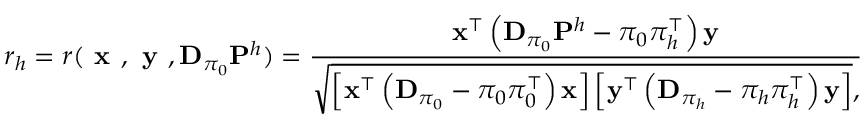
r _ { h } = r ( \textbf { x } , \textbf { y } , \mathbf { D } _ { \pi _ { 0 } } \mathbf { P } ^ { h } ) = \frac { \mathbf { x } ^ { \top } \left( \mathbf { D } _ { \pi _ { 0 } } \mathbf { P } ^ { h } - \pi _ { 0 } \pi _ { h } ^ { \top } \right) \mathbf { y } } { \sqrt { \left[ \mathbf { x } ^ { \top } \left( \mathbf { D } _ { \pi _ { 0 } } - \pi _ { 0 } \pi _ { 0 } ^ { \top } \right) \mathbf { x } \right] \left[ \mathbf { y } ^ { \top } \left( \mathbf { D } _ { \pi _ { h } } - \pi _ { h } \pi _ { h } ^ { \top } \right) \mathbf { y } \right] } , }